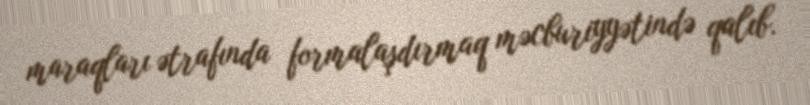
maraqları ətrafında formalaşdırmaq məcburiyyətində qalıb.